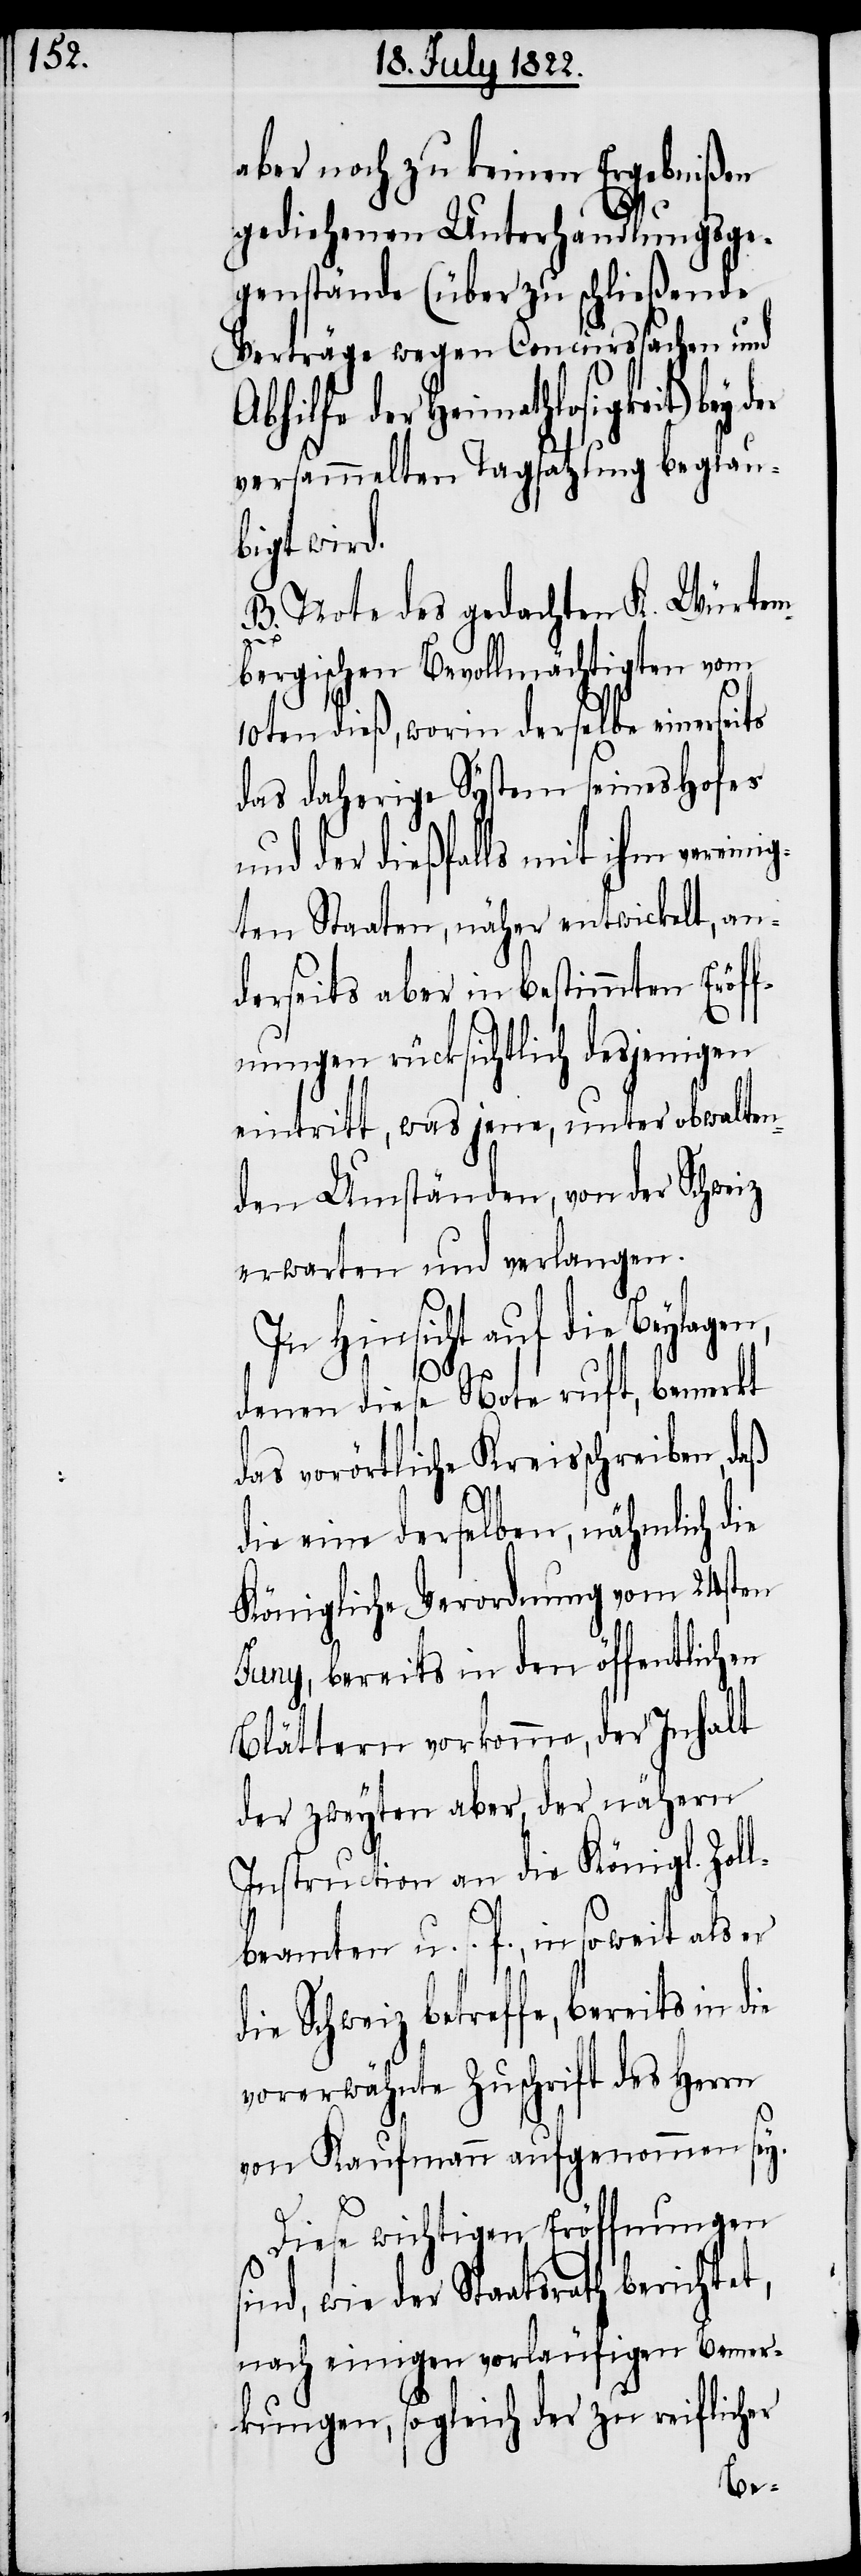
aber noch zu keinen Ergebnißen
gediehenen Unterhandlungsge¬
genstände (über zu schließende
Verträge wegen Concurssachen und
daherige System seines Hofes
versammelten Tagsatzung beglau¬
bigt wird.
B. Note des gedachten K. Würtem¬
t,
bergischen Bevollmächtigten vom
10ten dieß, worin derselbe einerseits
und der dießfalls mit ihm vereini¬
gten Staaten, näher entwickelt, an¬
derseits aber in bestimmten Eröff¬
nungen rücksichtlich desjenigen
eintritt, was jene, unter obwalten¬
den Umständen, von der Schweiz
erwarten und verlangen.
In Hinsicht auf die Beylage¬
denen diese Note ruft, bemerkt
das vorörtliche Kreisschreiben, daß
die eine derselben, nähmlich die
Königliche Verordnung vom 24sten
Juny, bereits in den öffentlichen
Blättern vorkomme, der Inhalt
der zweyten aber, der nähern
Instruction an die Königl. Zol¬
lbeamten u. s. f., in soweit als er
die Schweiz betreffe, bereits in
vorerwähnte Zuschrift des Herrn
von Kaufmann aufgenommen sey.
Diese wichtigen Eröffnungen
wie der Staatsrath berichte¬
nach einigen vorläufigen Bemer¬
kungen, sogleich der zu reiflicher